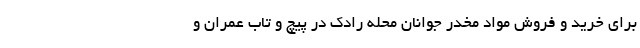
برای خرید و فروش مواد مخدر جوانان محله رادک در پیچ و تاب عمران و